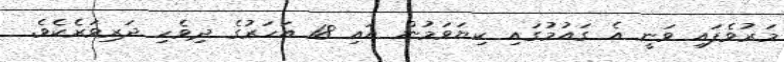
މަރުވެފައި ވަނީ އެ ގައުމުގައި ކިޔަވަމުން އައި 18 އަހަރުގެ ދިވެހި ދަރިވަރެކެވެ.